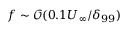
f \sim \mathcal { O } ( 0 . 1 U _ { \infty } / \delta _ { 9 9 } )